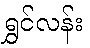
ရွှင်လန်း